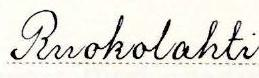
Ruokolahti